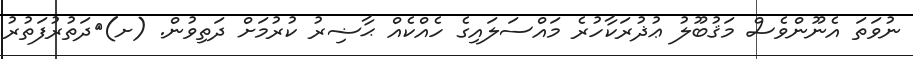
ނުވަތަ އެނޫންވެސް މަޤުބޫލު ޢުޛުރަކާހުރެ މައްސަލައިގެ ހެއްކެއް ޙާޟިރު ކުރުމަށް ދަތިވުން. (ށ)	ދަތުރުފަތުރު